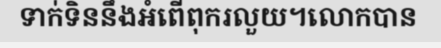
ទាក់ទិននឹងអំពើពុករលួយ។លោកបាន